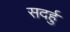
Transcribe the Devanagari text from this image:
सदर्हु